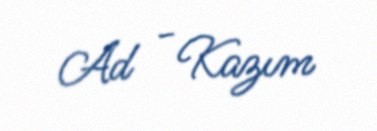
Ad - Kazım